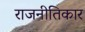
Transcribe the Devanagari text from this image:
राजनीतिकार